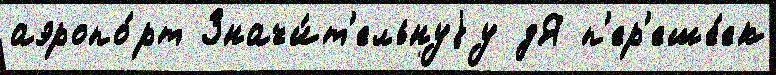
аэропо́рт Значи́т'ельнуjу дЯ п'ер'еше́ек